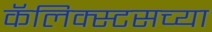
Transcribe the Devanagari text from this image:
कॅलिक्स्टसच्या